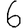
Digit: 6